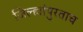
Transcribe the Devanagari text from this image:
जिल्ह्यांपुरताच